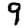
Digit: 9